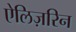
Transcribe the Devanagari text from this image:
ऐलिज़रिन